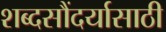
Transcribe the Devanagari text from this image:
शब्दसौंदर्यासाठी